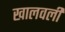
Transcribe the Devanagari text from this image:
खालवली